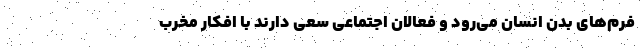
فرم‌های بدن انسان می‌رود و فعالان اجتماعی سعی دارند با افکار مخرب